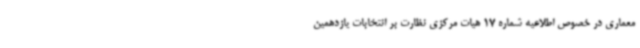
معماری در خصوص اطلاعیه شماره 17 هیات مرکزی نظارت بر انتخابات یازدهمین